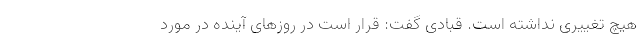
هیچ تغییری نداشته است. قبادی گفت: قرار است در روزهای آینده در مورد